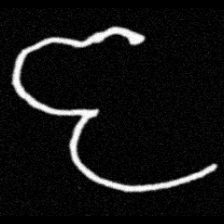
Pyu character \u2014 Myanmar letter: ဇ (romanized: ja)